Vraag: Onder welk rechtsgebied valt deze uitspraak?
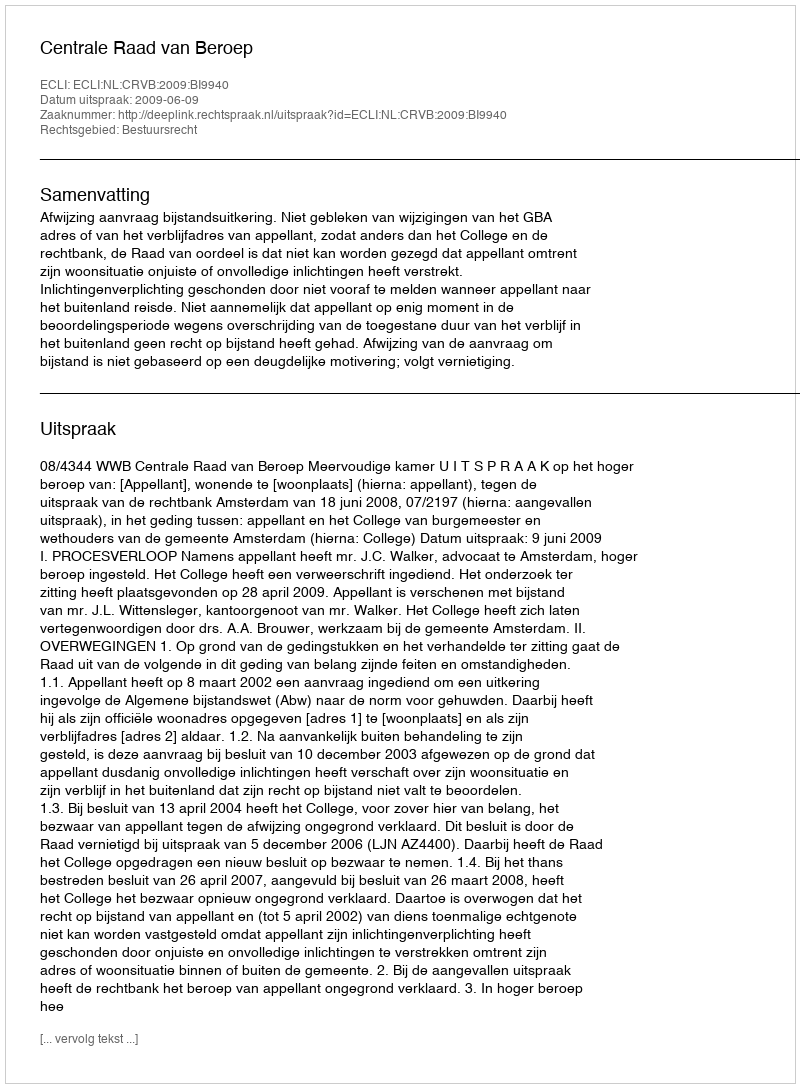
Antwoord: Bestuursrecht